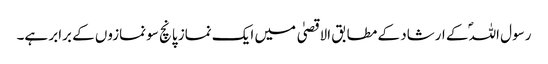
رسول اللہؐ کے ارشاد کے مطابق الاقصیٰ میں ایک نماز پانچ سو نمازوں کے برابر ہے۔